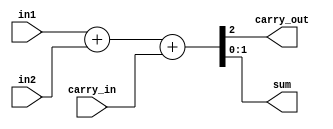
/*
By Artur Lach
Simple 2 bit behavioral adder
*/


module fulladr_2bit_behavioral(in1, in2, carry_in, carry_out, sum);
input [1:0] in1, in2;
input carry_in;
output reg [1:0] sum;
output reg carry_out;
reg [2:0] inter_calc_result;

// Simply store result in bigger register and pick appropriate bits
// for sum and carry out
always@(*) begin
  inter_calc_result = in1 + in2 + carry_in;
  sum = inter_calc_result[1:0];
  carry_out = inter_calc_result[2];
end

endmodule